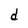
Character: d